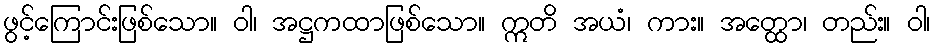
ဖွင့်ကြောင်းဖြစ်သော။ ဝါ၊ အဋ္ဌကထာဖြစ်သော။ ဣတိ အယံ၊ ကား။ အတ္ထော၊ တည်း။ ဝါ၊